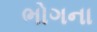
ભોગના